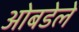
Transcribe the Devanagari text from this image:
ओबडेले